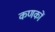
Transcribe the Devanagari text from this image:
कणकों